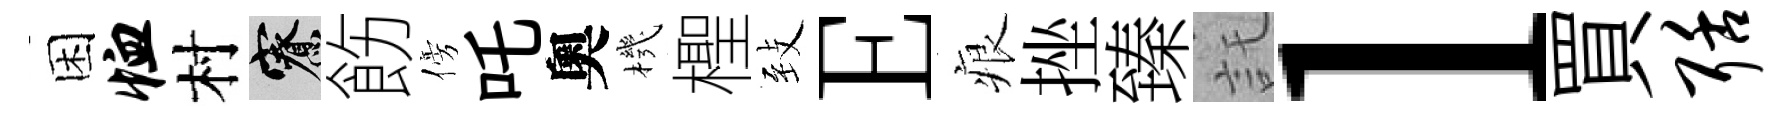
困恤村寮飭傍吒奧機檉𦤺E痕挫臻託l買聒